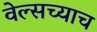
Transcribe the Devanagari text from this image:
वेल्सच्याच